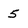
Character: 5